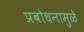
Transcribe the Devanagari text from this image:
प्रबोधनामुळे